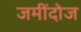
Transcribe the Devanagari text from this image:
जमींदोज